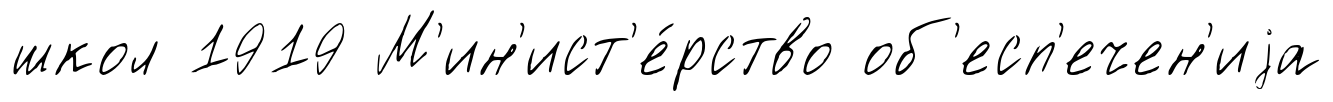
школ 1919 М'ин'ист'е́рство об'есп'ечен'иjа